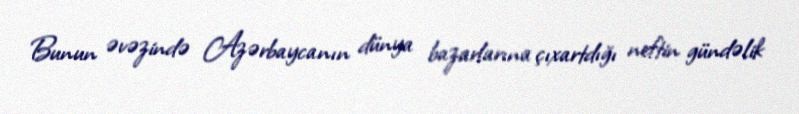
Bunun əvəzində Azərbaycanın dünya bazarlarına çıxartdığı neftin gündəlik